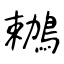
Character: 鶒